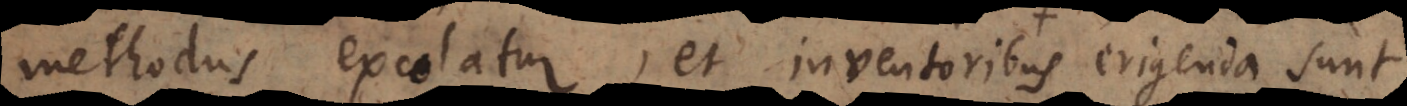
methodus excolatur, et inventoribus aut